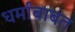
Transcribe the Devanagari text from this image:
धर्मांबाबत